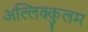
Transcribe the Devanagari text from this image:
अल्लिक्कुलम